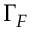
\Gamma _ { F }